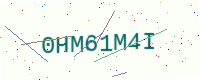
Text: 0HM61M4I